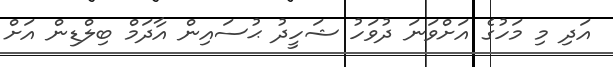
އަދި މި މަހުގެ އަށްވަނަ ދުވަހު ޝަހީދު ޙުސައިން އާދަމް ބިލްޑިން އަށް